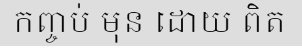
កញ្ចប់ មុន ដោយ ពិត